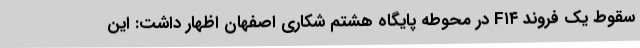
سقوط یک فروند F۱۴ در محوطه پایگاه هشتم شکاری اصفهان اظهار داشت: این